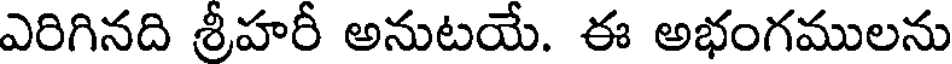
ఎరిగినది శ్రీహరీ అనుటయే. ఈ అభంగములను